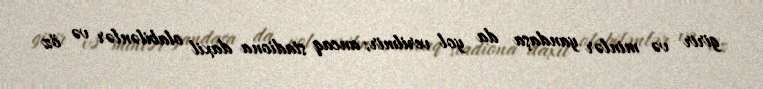
girir və minlər yandaşa da yol verilmir; ancaq stadiona daxil olabilənlər və öz